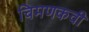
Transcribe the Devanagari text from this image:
चिमणकवी